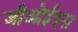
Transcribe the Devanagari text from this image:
जीओईएस